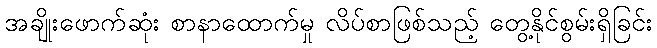
အချိုးဖောက်ဆုံး စာနာထောက်မှု လိပ်စာဖြစ်သည့် တွေ့နိုင်စွမ်းရှိခြင်း